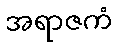
အရာဇကံ